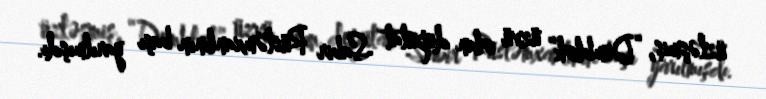
üzləşmiş, “Demblok” üzvü olan deputat Sabir Rüstəmxanlının başı yarılmışdı.